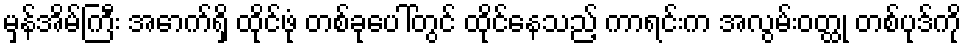
မှန်အိမ်ကြီး အောက်ရှိ ထိုင်ဖုံ တစ်ခုပေါ်တွင် ထိုင်နေသည့် ကာရင်းက အလွမ်းဝတ္ထု တစ်ပုဒ်ကို